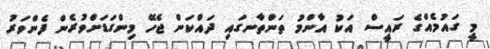
މީ ގައުމެއްގެ ރައީސް އަކު އާންމު ތަންތާނގައި ދައްކަން ޖެހޭ މިންގަޑަށްވުރެން ފެންވަރު